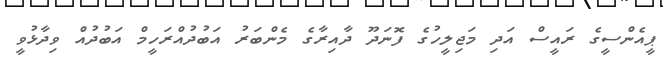
ޕީއެންސީގެ ރައީސް އަދި މަޖިލީހުގެ ފޮނަދޫ ދާއިރާގެ މެންބަރު އަބުދުއްރަހީމް އަބުދުއް ވިދާޅުވީ